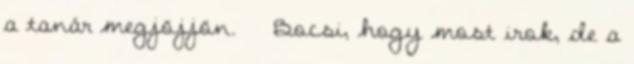
a tanár megjöjjön. Bocsi, hogy most irok, de a